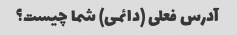
آدرس فعلی (دائمی) شما چیست؟